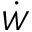
\dot { W }